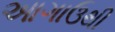
આગાઉથી